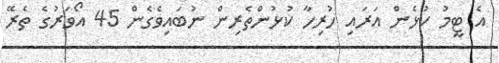
އެ ޓީމު ކުޅެން އަރައި ހުރިހާ ކުޅުންތެރިން ނުބައިވެގެން 45 އޯވަރުގެ ތެރޭ